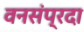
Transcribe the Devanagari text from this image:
वनसंप्रदा